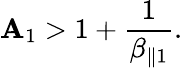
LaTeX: \mathbf{A}_{1}>1+\frac{{1}}{{\beta_{\parallel1}}}.